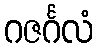
ဂဇင်္ဂလံ